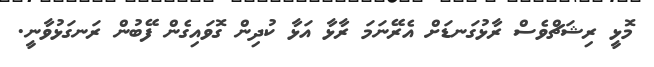
މޮޅީ ރިޝަޗްވެސް ރާޅުގަނޑަށް އެރޭނަމަ ރާޅާ އަޅާ ކުދިން ގޮވައިގެން ފޭބުން ރަނގަޅުވާނީ.